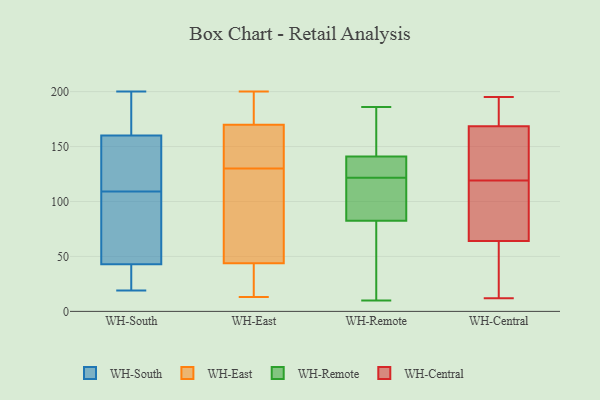
{"axis": {"x": "Bounce Rate (%)", "y": "Value"}, "legend": ["WH-Central", "WH-East", "WH-Remote", "WH-South"], "data": [{"x": "", "y": 104, "type": "WH-South"}, {"x": "", "y": 167, "type": "WH-South"}, {"x": "", "y": 19, "type": "WH-South"}, {"x": "", "y": 37, "type": "WH-South"}, {"x": "", "y": 114, "type": "WH-South"}, {"x": "", "y": 160, "type": "WH-South"}, {"x": "", "y": 200, "type": "WH-South"}, {"x": "", "y": 129, "type": "WH-South"}, {"x": "", "y": 43, "type": "WH-South"}, {"x": "", "y": 83, "type": "WH-South"}, {"x": "", "y": 29, "type": "WH-East"}, {"x": "", "y": 49, "type": "WH-East"}, {"x": "", "y": 190, "type": "WH-East"}, {"x": "", "y": 126, "type": "WH-East"}, {"x": "", "y": 188, "type": "WH-East"}, {"x": "", "y": 169, "type": "WH-East"}, {"x": "", "y": 170, "type": "WH-East"}, {"x": "", "y": 178, "type": "WH-East"}, {"x": "", "y": 155, "type": "WH-East"}, {"x": "", "y": 200, "type": "WH-East"}, {"x": "", "y": 165, "type": "WH-East"}, {"x": "", "y": 117, "type": "WH-East"}, {"x": "", "y": 130, "type": "WH-East"}, {"x": "", "y": 42, "type": "WH-East"}, {"x": "", "y": 13, "type": "WH-East"}, {"x": "", "y": 28, "type": "WH-East"}, {"x": "", "y": 165, "type": "WH-East"}, {"x": "", "y": 123, "type": "WH-East"}, {"x": "", "y": 26, "type": "WH-East"}, {"x": "", "y": 182, "type": "WH-Remote"}, {"x": "", "y": 127, "type": "WH-Remote"}, {"x": "", "y": 73, "type": "WH-Remote"}, {"x": "", "y": 118, "type": "WH-Remote"}, {"x": "", "y": 93, "type": "WH-Remote"}, {"x": "", "y": 133, "type": "WH-Remote"}, {"x": "", "y": 125, "type": "WH-Remote"}, {"x": "", "y": 43, "type": "WH-Remote"}, {"x": "", "y": 92, "type": "WH-Remote"}, {"x": "", "y": 10, "type": "WH-Remote"}, {"x": "", "y": 186, "type": "WH-Remote"}, {"x": "", "y": 149, "type": "WH-Remote"}, {"x": "", "y": 161, "type": "WH-Central"}, {"x": "", "y": 66, "type": "WH-Central"}, {"x": "", "y": 87, "type": "WH-Central"}, {"x": "", "y": 58, "type": "WH-Central"}, {"x": "", "y": 46, "type": "WH-Central"}, {"x": "", "y": 66, "type": "WH-Central"}, {"x": "", "y": 44, "type": "WH-Central"}, {"x": "", "y": 189, "type": "WH-Central"}, {"x": "", "y": 119, "type": "WH-Central"}, {"x": "", "y": 195, "type": "WH-Central"}, {"x": "", "y": 166, "type": "WH-Central"}, {"x": "", "y": 126, "type": "WH-Central"}, {"x": "", "y": 100, "type": "WH-Central"}, {"x": "", "y": 176, "type": "WH-Central"}, {"x": "", "y": 133, "type": "WH-Central"}, {"x": "", "y": 12, "type": "WH-Central"}, {"x": "", "y": 189, "type": "WH-Central"}]}